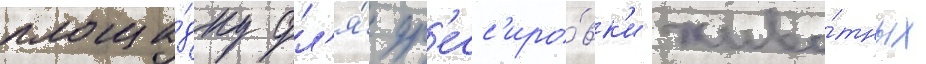
площа́дку дл'я́ др'есс'иро́вк'и живо́тных